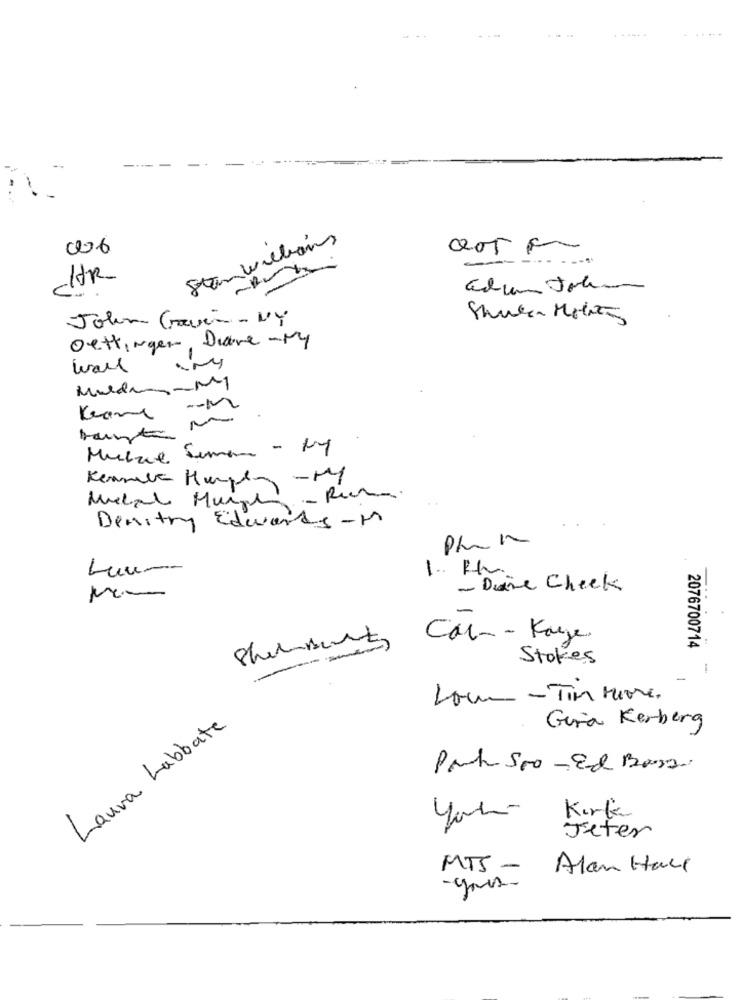
Stanvillians
006
-
HR
John Garin - NY
Oettingen, Dave - My
wall
Keane
Muscle Semana - My
Denitry Edwards - M
1. Rh
- Drie Check
Car -- Kage.
2076700714
Stokes
-
Low -Tim More.
Laura Labbate
Gira Kerberg
Pah 500-Ed Bons.
Kirk
Jeter
MTS-
Alan Hall